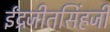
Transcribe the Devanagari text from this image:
ईंद्रजीतसिंहजी